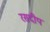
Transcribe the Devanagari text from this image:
रसदीप